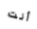
أنت